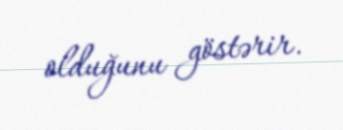
olduğunu göstərir.